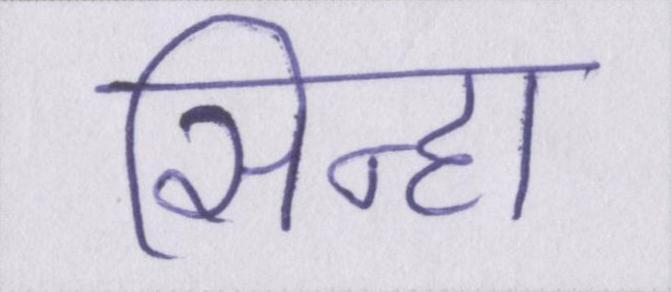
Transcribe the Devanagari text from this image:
सिन्हा